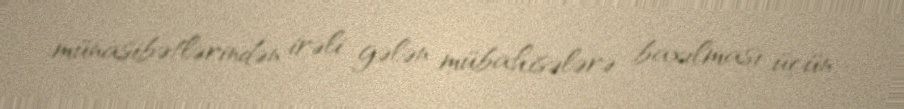
münasibətlərindən irəli gələn mübahisələrə baxılması üçün.